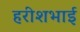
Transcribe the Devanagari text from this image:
हरीशभाई